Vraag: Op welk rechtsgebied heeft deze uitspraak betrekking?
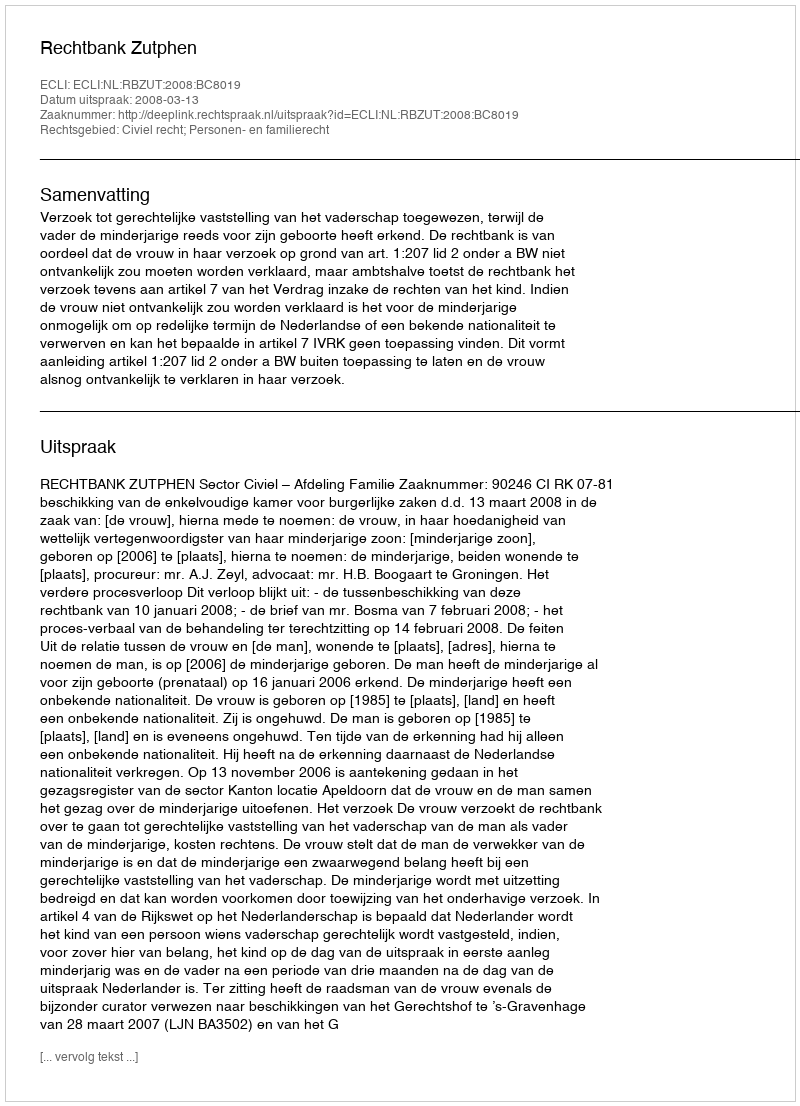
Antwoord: Civiel recht; Personen- en familierecht